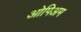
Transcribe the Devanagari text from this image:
ओपिअम